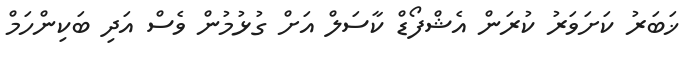
ޚަބަރު ކަށަވަރު ކުރަން އެޝްފޯޑް ކާސަލް އަށް ގުޅުމުން ވެސް އަދި ބަކިންހަމް